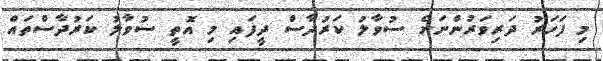
މި ފަހަރު ދަރިވަރުންނަށް ސުވާލު ކަރުދާސް ދީފައި މި އޮތީ ސުވާލު ކަރުދާސްތައް